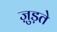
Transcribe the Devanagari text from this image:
जु़ड़ते